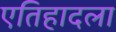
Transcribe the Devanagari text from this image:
एतिहादला